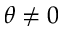
\theta \neq 0